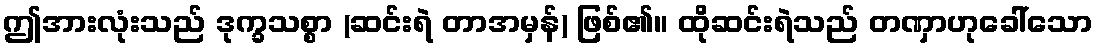
ဤအားလုံးသည် ဒုက္ခသစ္စာ (ဆင်းရဲ တာအမှန်) ဖြစ်၏။ ထိုဆင်းရဲသည် တဏှာဟုခေါ်သော